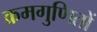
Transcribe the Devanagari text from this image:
क्रमगुणितों